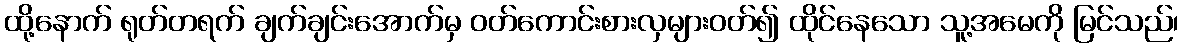
ထို့နောက် ရုတ်တရက် ချက်ချင်းအောက်မှ ဝတ်ကောင်းစားလှများဝတ်၍ ထိုင်နေသော သူ့အမေကို မြင်သည်၊